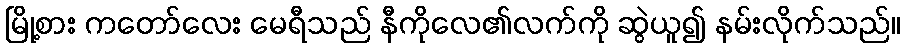
မြို့စား ကတော်လေး မေရီသည် နီကိုလေ၏လက်ကို ဆွဲယူ၍ နမ်းလိုက်သည်။